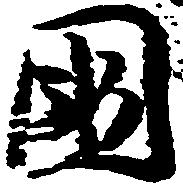
国